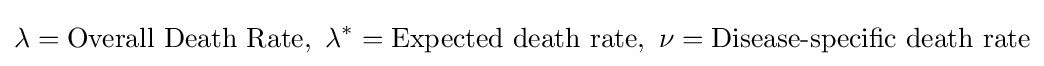
\lambda ={\text{Overall Death Rate}},~\lambda ^{*}={\text{Expected death rate}},~\nu ={\text{Disease-specific death rate}}